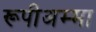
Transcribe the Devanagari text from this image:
रूपीअम्मा